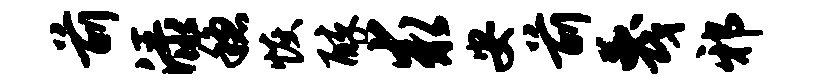
前渌稳恢醉求安前蔑邪